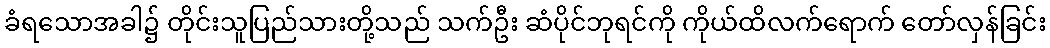
ခံရသောအခါ၌ တိုင်းသူပြည်သားတို့သည် သက်ဦး ဆံပိုင်ဘုရင်ကို ကိုယ်ထိလက်ရောက် တော်လှန်ခြင်း